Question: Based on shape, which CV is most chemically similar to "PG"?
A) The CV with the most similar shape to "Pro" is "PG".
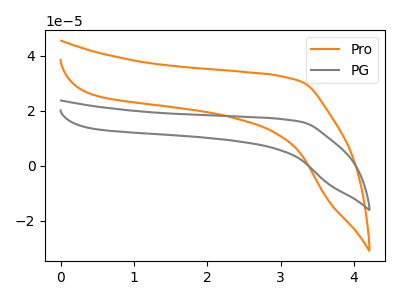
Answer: <think>The orange curve "Pro" has no peaks. The gray curve "PG" has no peaks.
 Neither "Pro" or "PG" have any peaks.</think>
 <answer>A) The CV with the most similar shape to "Pro" is "PG".</answer>
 <eval>A</eval>